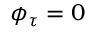
\phi _ { \tau } = 0